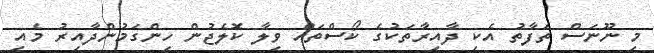
މި ނޫނަސް ތަފާތު އެކި ދާއިރާތަކުގެ ކޯސްތައް ވިލާ ކޮލެޖުން ހިންގަމުންދާއިރު މެއި